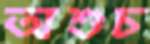
অশুচ